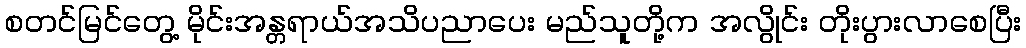
စတင်မြင်တွေ့ မိုင်းအန္တရာယ်အသိပညာပေး မည်သူတို့က အလွိုင်း တိုးပွားလာစေပြီး